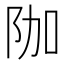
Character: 𮤿